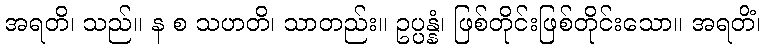
အရတိ၊ သည်။ န စ သဟတိ၊ သာတည်း။ ဥပ္ပန္နံ၊ ဖြစ်တိုင်းဖြစ်တိုင်းသော။ အရတိံ၊